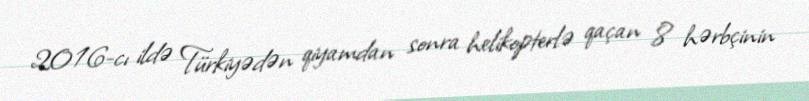
2016-cı ildə Türkiyədən qiyamdan sonra helikopterlə qaçan 8 hərbçinin